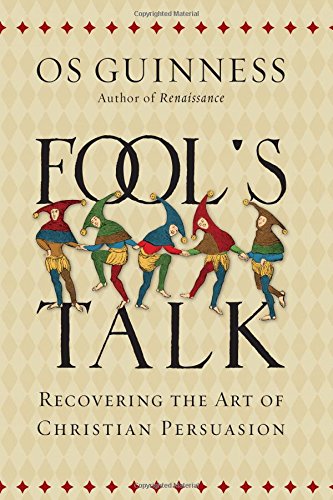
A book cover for Fool's Talk: Recovering the Art of Christian Persuasion; Os Guinness; Politics & Social Sciences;